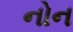
નોન